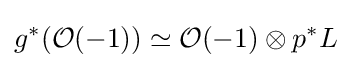
g^{*}({\mathcal {O}}(-1))\simeq {\mathcal {O}}(-1)\otimes p^{*}L